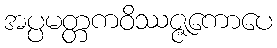
အပ္ပမတ္တကဝိဿဇ္ဇကောပေ